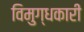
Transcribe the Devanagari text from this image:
विमुग्धकारी